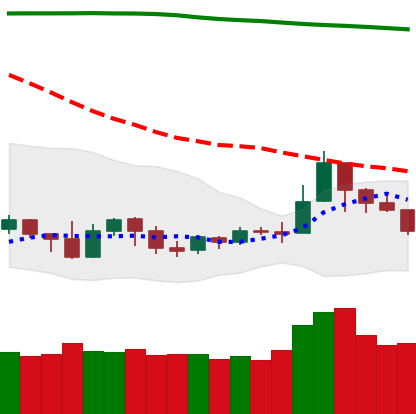
Ticker: NEO-USD
Chart end date: 2019-09-22
Forward return: -19.04%
Label: down_7plus